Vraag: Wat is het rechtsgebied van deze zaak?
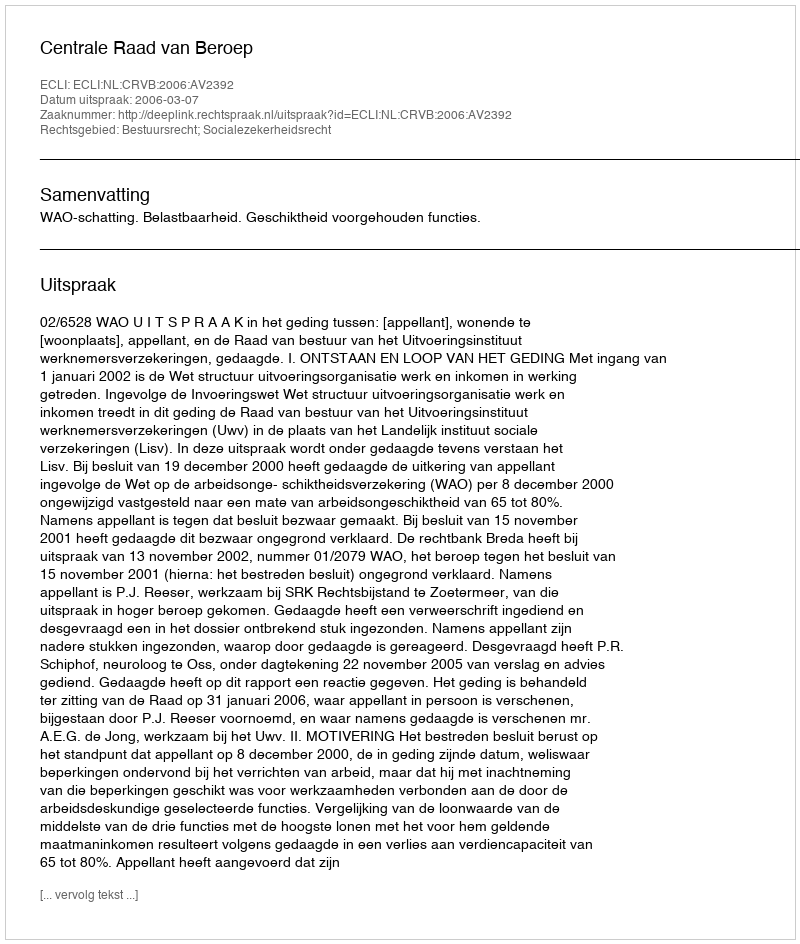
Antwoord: Bestuursrecht; Socialezekerheidsrecht